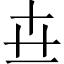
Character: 卋